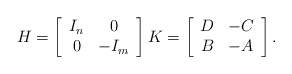
\begin{align*}H=\left [\begin{array}{cc}I_n & 0\\0 & -I_m\end{array} \right ] K=\left [ \begin{array}{cc}D & -C\\B & -A\end{array} \right ]. \end{align*}